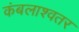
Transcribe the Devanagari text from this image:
कंबलाश्वतर